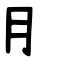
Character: ⺝